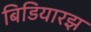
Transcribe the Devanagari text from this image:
बिडियारझ